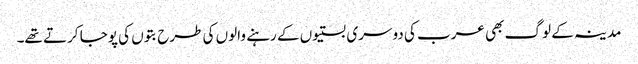
مدینہ کے لوگ بھی عرب کی دوسری بستیوں کے رہنے والوں کی طرح بتوں کی پوجا کرتے تھے۔